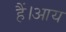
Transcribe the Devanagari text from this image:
हैं।आय